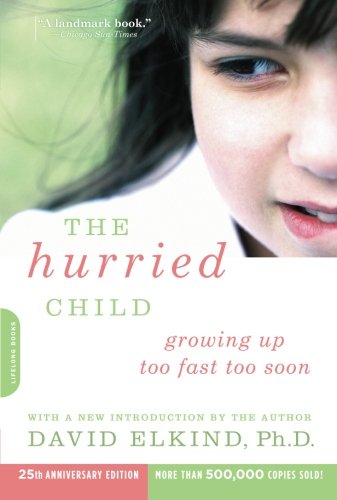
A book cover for The Hurried Child-25th Anniversary Edition; David Elkind; Politics & Social Sciences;